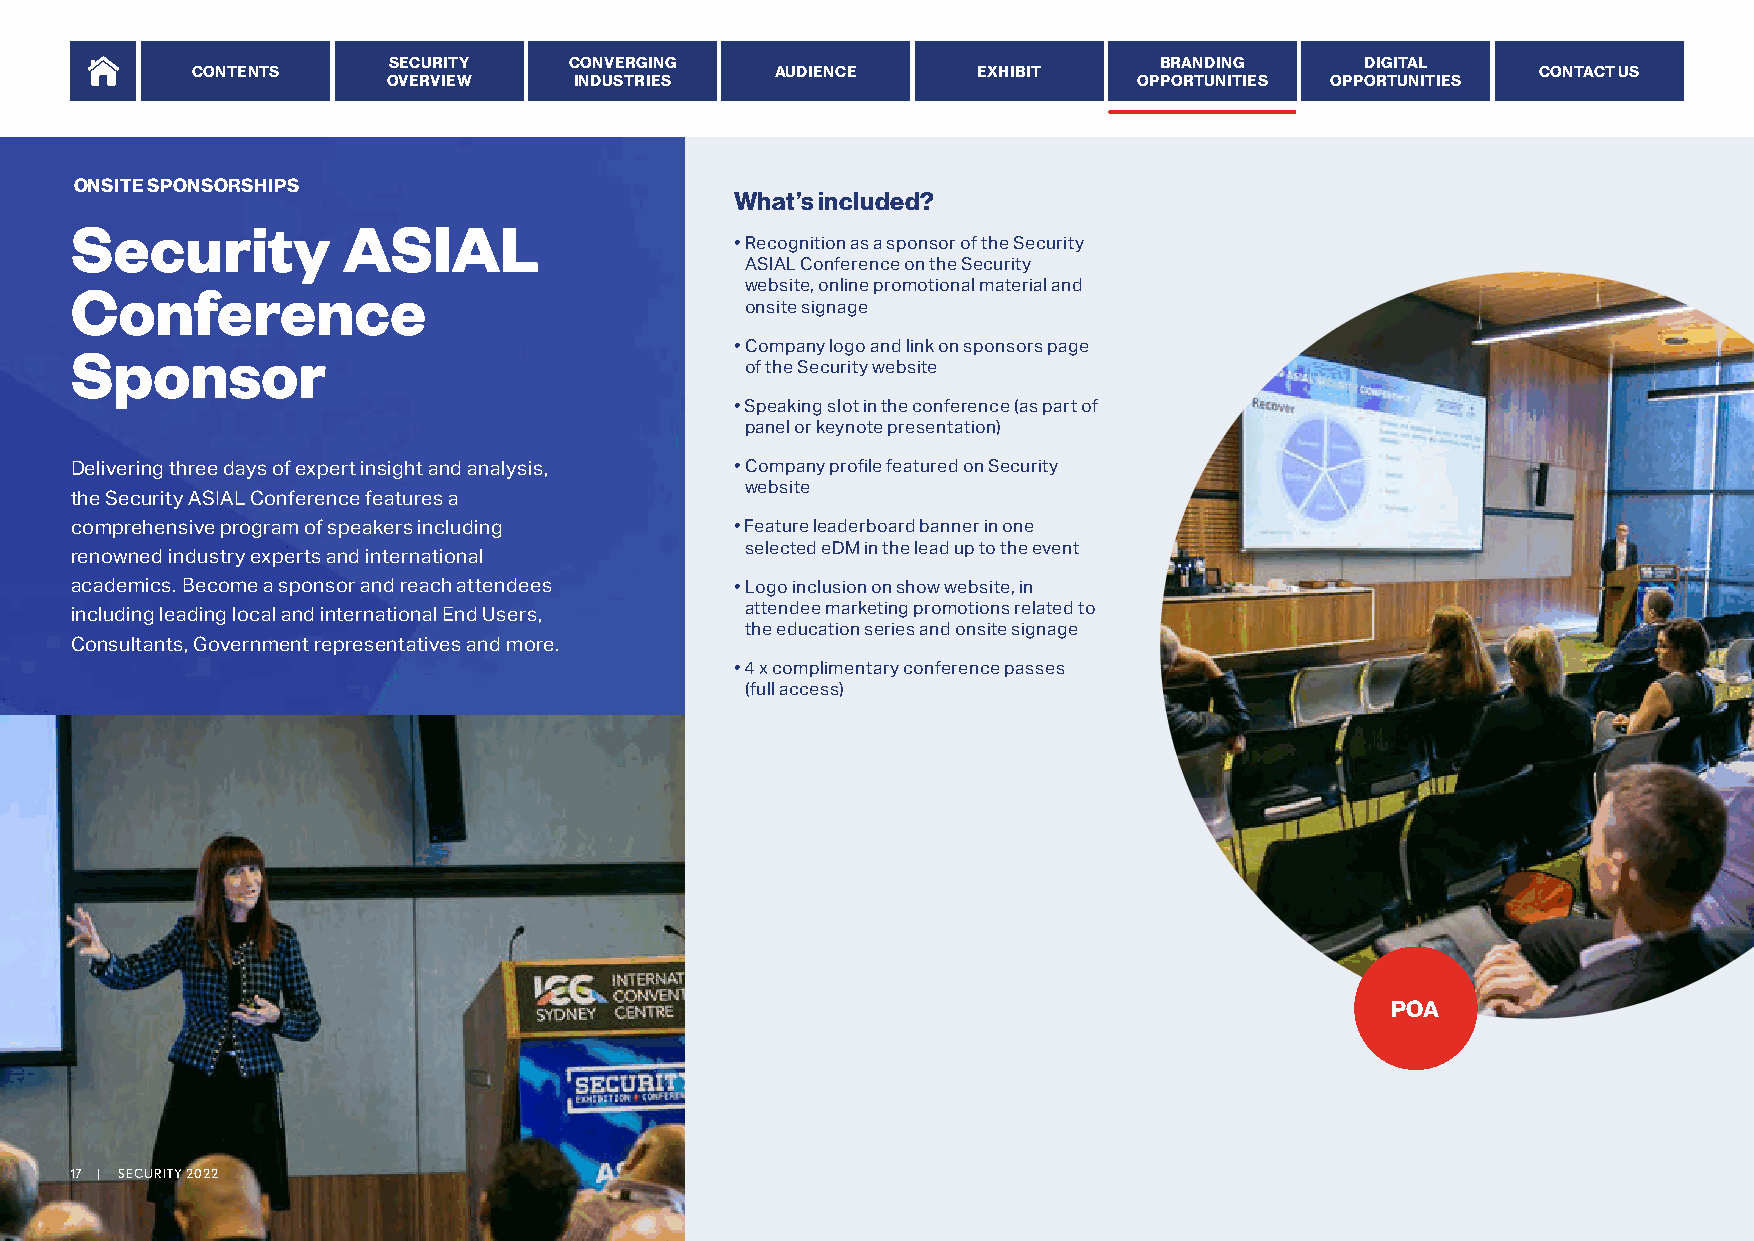
SECURITY    CONVERGING                             BRANDING     DIGITAL
 CONTENTS                              AUDIENCE      EXHIBIT                              CONTACT US
 OVERVIEW    INDUSTRIES                           OPPORTUNITIES OPPORTUNITIES
 ONSITE SPONSORSHIPS
 What’s included?
 Security          ASIAL
 • Recognition as a sponsor of the Security
 ASIAL Conference on the Security
 Conference                                  website, online promotional material and
 onsite signage
 Sponsor                                     • Company logo and link on sponsors page
 of the Security website
 • Speaking slot in the conference (as part of
 panel or keynote presentation)
 Delivering three days of expert insight and analysis,
 • Company profile featured on Security
 website
 the Security ASIAL Conference features a
 comprehensive program of speakers including • Feature leaderboard banner in one
 selected eDM in the lead up to the event
 renowned industry experts and international
 academics. Become a sponsor and reach attendees • Logo inclusion on show website, in
 including leading local and international End Users, attendee marketing promotions related to
 the education series and onsite signage
 Consultants, Government representatives and more.
 • 4 x complimentary conference passes
 (full access)
 POA
 17 | SECURITY 2022